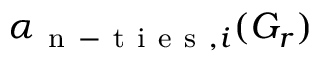
\alpha _ { \mathrm { ~ n ~ - ~ t ~ i ~ e ~ s ~ } , i } ( G _ { r } )